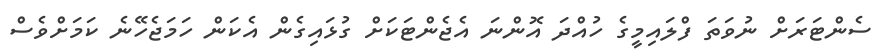
ސެންޓަރަށް ނުވަަތަ ފްލައިމީގެ ހުއްދަ އޮންނަ އެޖެންޓަކަށް ގުޅައިގެން އެކަން ހަމަޖެހޭނެ ކަމަށްވެސް